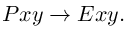
\ P x y \rightarrow E x y .